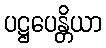
ပဋ္ဌပေန္တိယာ